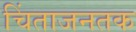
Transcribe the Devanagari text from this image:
चिंताजनतक